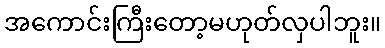
အကောင်းကြီးတော့မဟုတ်လှပါဘူး။